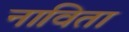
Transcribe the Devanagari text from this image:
नाविता